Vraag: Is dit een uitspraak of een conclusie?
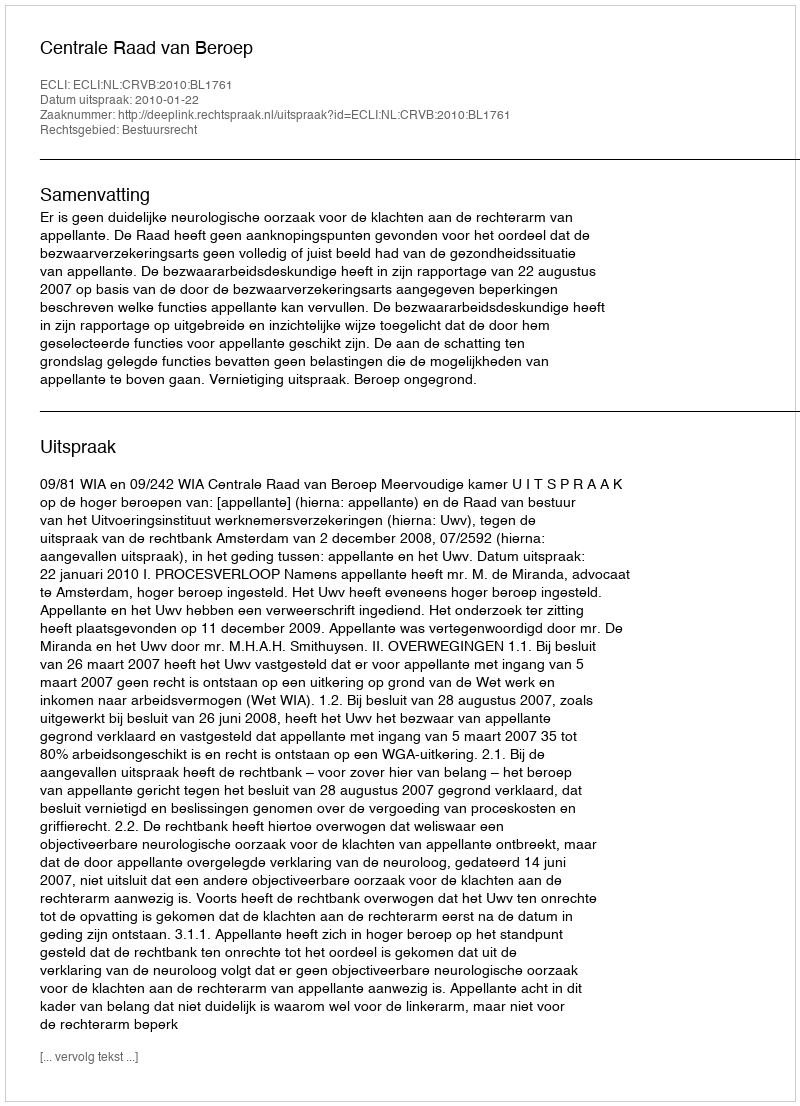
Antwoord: Uitspraak